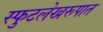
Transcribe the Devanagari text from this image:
स्फुटलेखरूपात